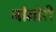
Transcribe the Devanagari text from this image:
नांमोरी